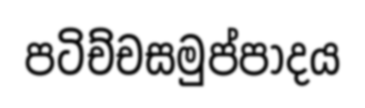
පටිච්චසමුප්පාදය